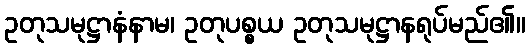
ဥတုသမုဋ္ဌာနံနာမ၊ ဥတုပစ္စယ ဥတုသမုဋ္ဌာနရုပ်မည်၏။